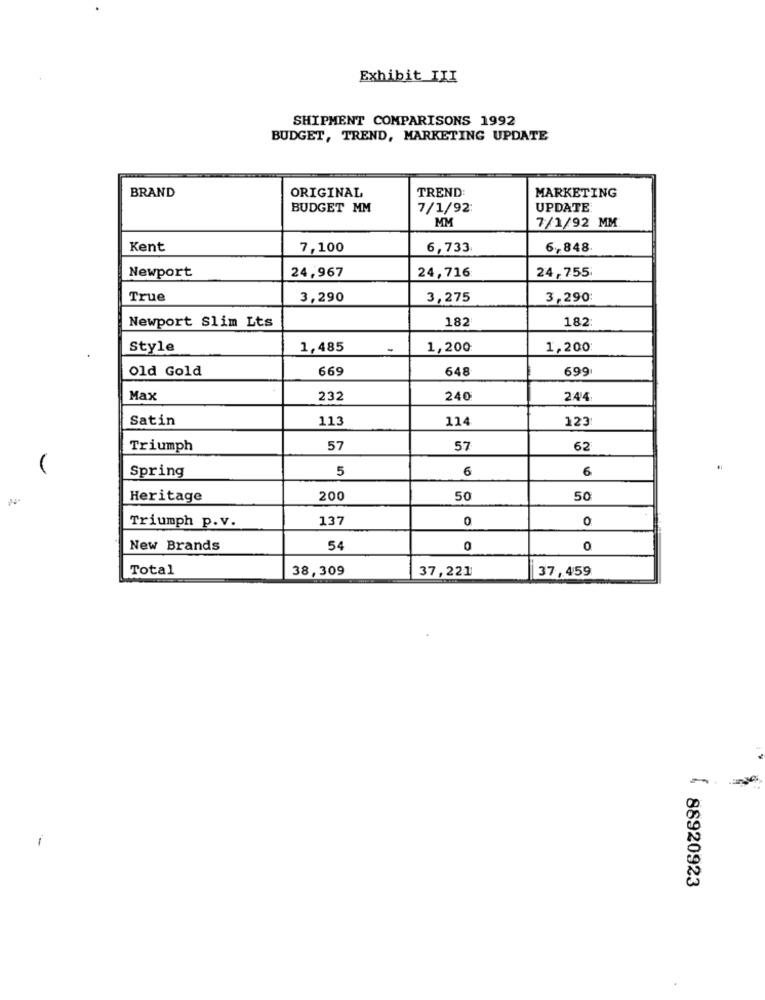
Exhibit III
SHIPMENT COMPARISONS 1992
BUDGET, TREND, MARKETING UPDATE
BRAND
ORIGINAL
TREND:
MARKETING
BUDGET MM
7/1/92:
UPDATE
MM
7/1/92 MM
Kent
7,100
6,733
6,848.
24,967
24,755
Newport
24,716
True
3,290
3,275
3,290:
Newport Slim Lts
182
182
Style
1,485
-
1,200
1,200
Old Gold
669
648
699
Max
232
240
244
Satin
113
114
123
Triumph
57
57
62
Spring
5
6
6
Heritage
200
50
50
137
0
0
Triumph p. v.
New Brands
54
0
0
Total
38,309
37,221
37,459
-
. 88920923